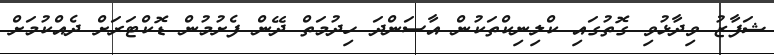
ޝަފާޒު ވިދާޅުވި ގޮތުގައި ކްލިނިކްތަކުން އާސަންދަ ހިދުމަތް ދޭން ފެށުމުން ޑޮކްޓަރަށް ދެއްކުމަށް